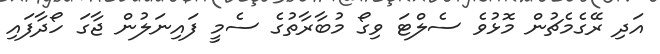
އަދި ރޭގެމެޗުން މޮޅުވެ ސެލްޓަ ވިގޯ މުބާރާތުގެ ސެމީ ފައިނަލުން ޖާގަ ހޯދާފައި